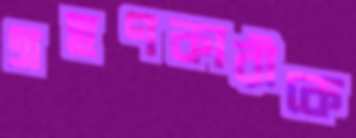
গ্রহণকারীকে